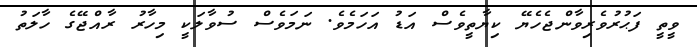
ވީތީ ފަޙުރުވެރިވާންޖެހެޔޭ ކިޔާތީވެސް އަޑު އަހަމެވެ. ނަމަވެސް ސުވާލަކީ މިހާރު ރާއްޖޭގެ ހާލަތު